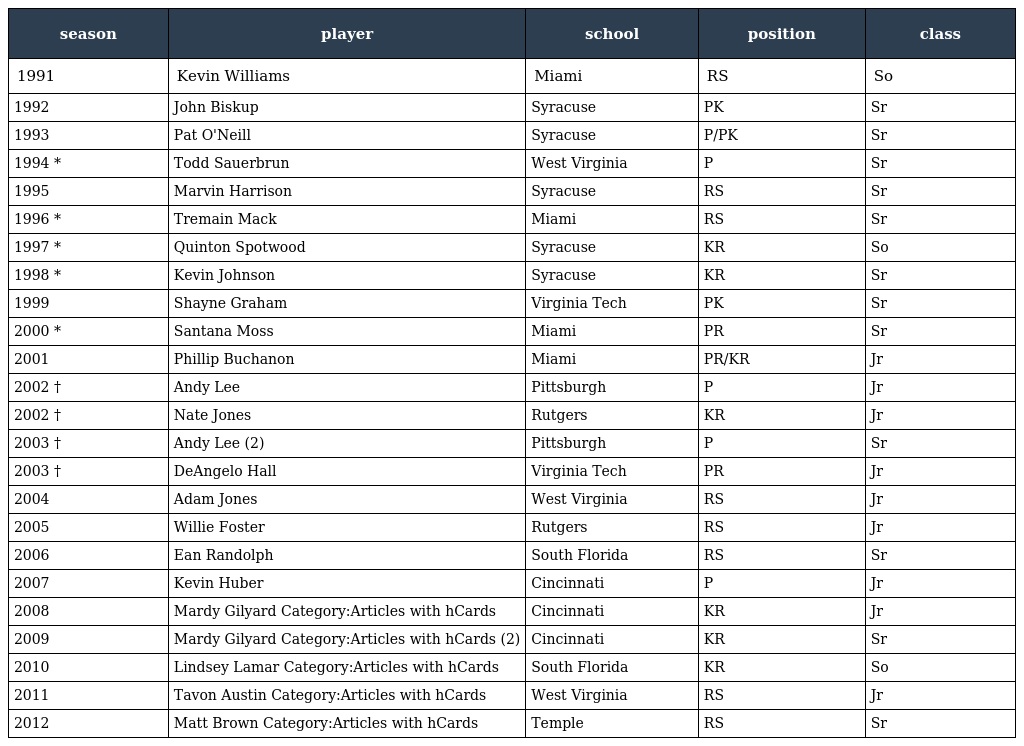
| season | player | school | position | class |
 | --- | --- | --- | --- | --- |
 | 1991 | Kevin Williams | Miami | RS | So |
 | 1992 | John Biskup | Syracuse | PK | Sr |
 | 1993 | Pat O'Neill | Syracuse | P/PK | Sr |
 | 1994 * | Todd Sauerbrun | West Virginia | P | Sr |
 | 1995 | Marvin Harrison | Syracuse | RS | Sr |
 | 1996 * | Tremain Mack | Miami | RS | Sr |
 | 1997 * | Quinton Spotwood | Syracuse | KR | So |
 | 1998 * | Kevin Johnson | Syracuse | KR | Sr |
 | 1999 | Shayne Graham | Virginia Tech | PK | Sr |
 | 2000 * | Santana Moss | Miami | PR | Sr |
 | 2001 | Phillip Buchanon | Miami | PR/KR | Jr |
 | 2002 † | Andy Lee | Pittsburgh | P | Jr |
 | 2002 † | Nate Jones | Rutgers | KR | Jr |
 | 2003 † | Andy Lee (2) | Pittsburgh | P | Sr |
 | 2003 † | DeAngelo Hall | Virginia Tech | PR | Jr |
 | 2004 | Adam Jones | West Virginia | RS | Jr |
 | 2005 | Willie Foster | Rutgers | RS | Jr |
 | 2006 | Ean Randolph | South Florida | RS | Sr |
 | 2007 | Kevin Huber | Cincinnati | P | Jr |
 | 2008 | Mardy Gilyard Category:Articles with hCards | Cincinnati | KR | Jr |
 | 2009 | Mardy Gilyard Category:Articles with hCards (2) | Cincinnati | KR | Sr |
 | 2010 | Lindsey Lamar Category:Articles with hCards | South Florida | KR | So |
 | 2011 | Tavon Austin Category:Articles with hCards | West Virginia | RS | Jr |
 | 2012 | Matt Brown Category:Articles with hCards | Temple | RS | Sr |